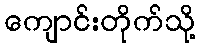
ကျောင်းတိုက်သို့